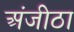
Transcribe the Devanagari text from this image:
अंजीठा